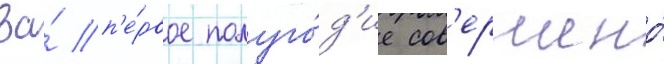
За́ п'е́рвое полуго́д'ие сов'ершено́